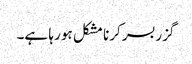
گزربسر کرنا مشکل ہو رہا ہے۔